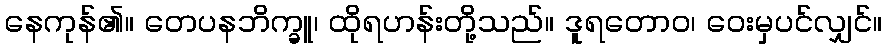
နေကုန်၏။ တေပနဘိက္ခူ၊ ထိုရဟန်းတို့သည်။ ဒူရတောဝ၊ ဝေးမှပင်လျှင်။